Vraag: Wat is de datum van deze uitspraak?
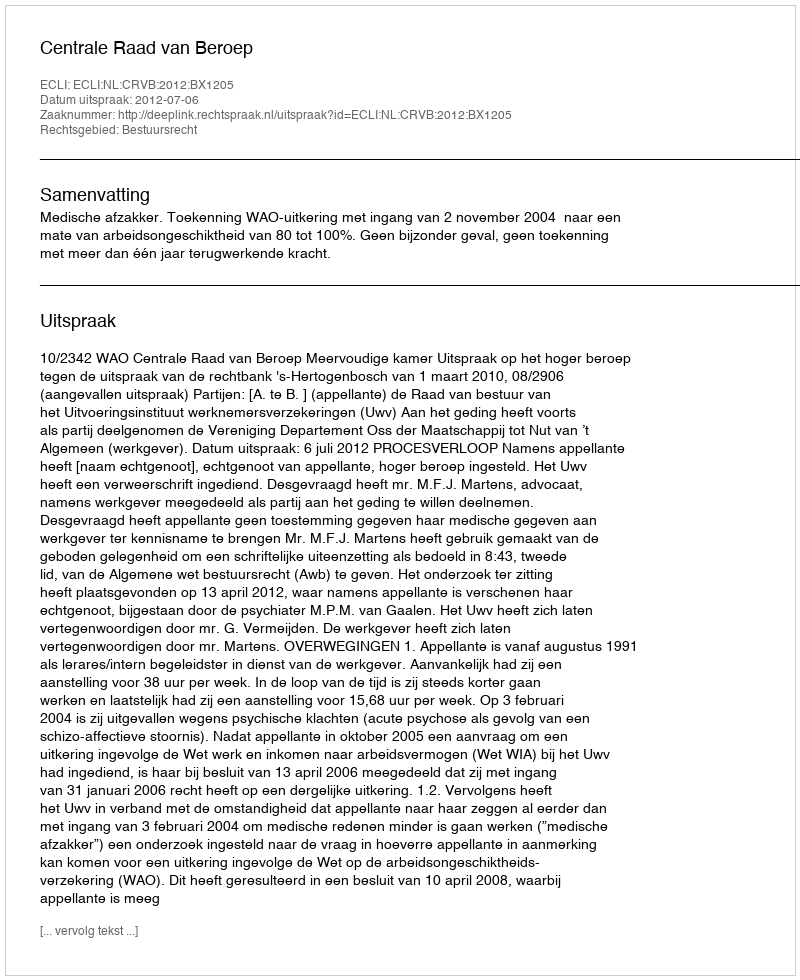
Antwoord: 2012-07-06